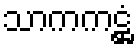
သာကကဋ္ဌံ